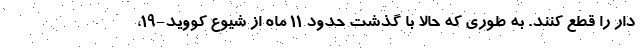
دار را قطع کنند. به طوری که حالا با گذشت حدود ۱۱ ماه از شیوع کووید-۱۹،